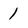
Character: 1